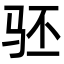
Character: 𬳵